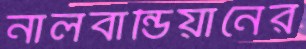
নালবান্ডিয়ানের